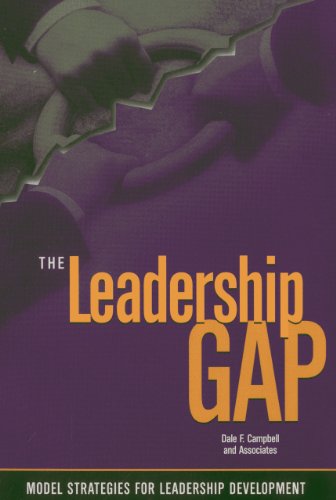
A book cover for The Leadership Gap: Model Strategies for Developing Community College Leaders; Education & Teaching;